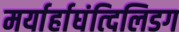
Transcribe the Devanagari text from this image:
मर्यार्हाघंत्दिलिडग